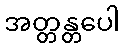
အတ္တန္တပေါ